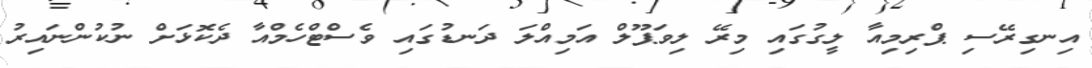
އިނގިރޭސި ޕްރިމިއާ ލީގުގައި މިރޭ ލިވަޕޫލް އަމިއްލަ ދަނޑުގައި ވެސްޓްހެމްއާ ދެކޮޅަށް ނުކުންނައިރު